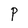
Character: P